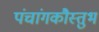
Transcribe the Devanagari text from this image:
पंचांगकौस्तुभ